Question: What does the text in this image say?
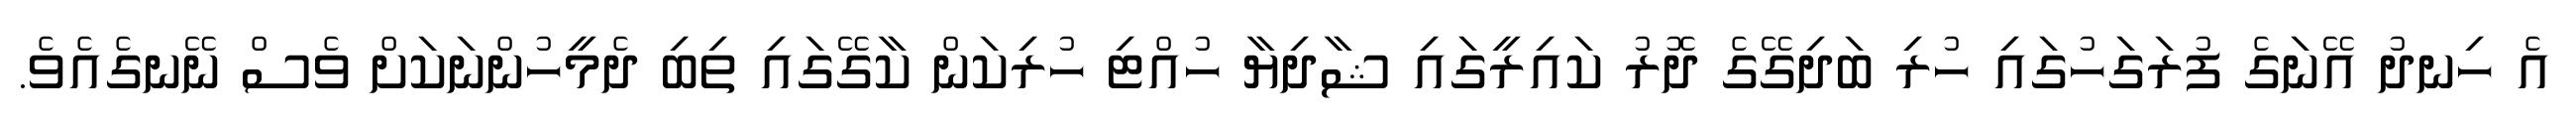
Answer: އެ ހިނދު އޭނަގެ ފުރަގަހުގައި ހުރި ބަދިގޭގެ ދޮރު ކައިރީގައި ޝާދިޔާ ހުއްޓި ހުރިކަން ކާގޭގައި ތިބި ދެމީހުންނަކަށް ވެސް ނޭނގެއެވެ.